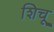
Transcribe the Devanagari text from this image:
शिचू